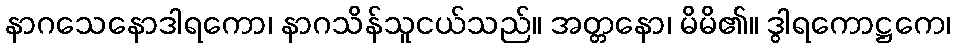
နာဂသေနောဒါရကော၊ နာဂသိန်သူငယ်သည်။ အတ္တနော၊ မိမိ၏။ ဒွါရကောဋ္ဌကေ၊